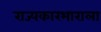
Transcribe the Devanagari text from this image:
राज्यकारभाराला